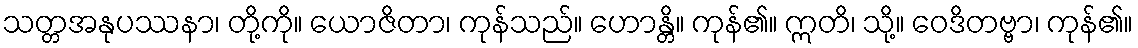
သတ္တအနုပဿနာ၊ တို့ကို။ ယောဇိတာ၊ ကုန်သည်။ ဟောန္တိ။ ကုန်၏။ ဣတိ၊ သို့။ ဝေဒိတဗ္ဗာ၊ ကုန်၏။